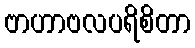
ဗာဟာဗလပရိစိတာ